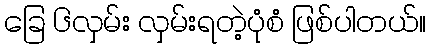
ခြေ ၆လှမ်း လှမ်းရတဲ့ပုံစံ ဖြစ်ပါတယ်။